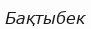
Бақтыбек